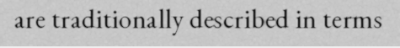
are traditionally described in terms